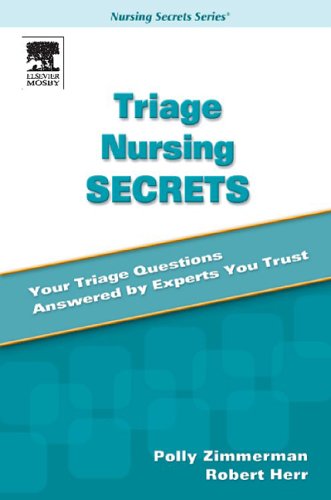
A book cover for Triage Nursing Secrets, 1e; Polly Gerber Zimmermann RN  MS  MBA  CEN; Medical Books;